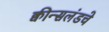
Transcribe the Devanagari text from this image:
क्वीन्सलंडचे